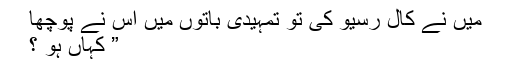
میں نے کال رسیو کی تو تمہیدی باتوں میں اُس نے پوچھا
” کہاں ہو ؟